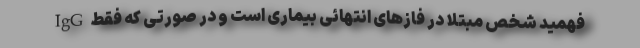
فهمید شخص مبتلا در فاز‌های انتهائی بیماری است و در صورتی که فقط IgG